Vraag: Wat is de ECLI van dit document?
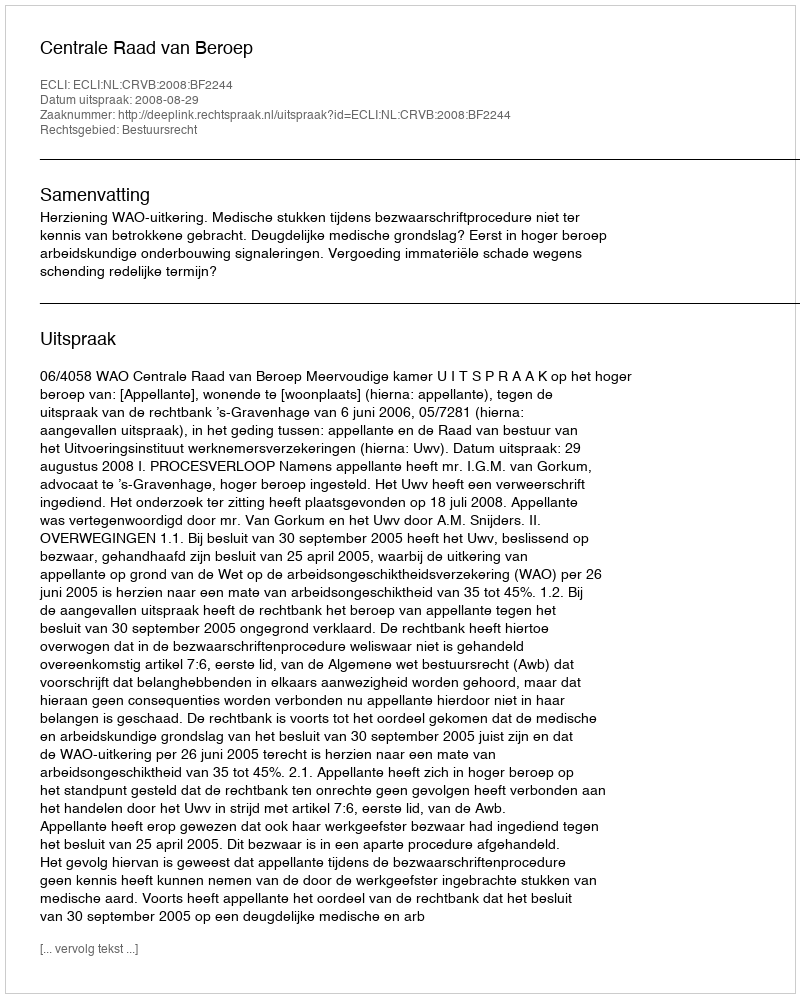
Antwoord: ECLI:NL:CRVB:2008:BF2244